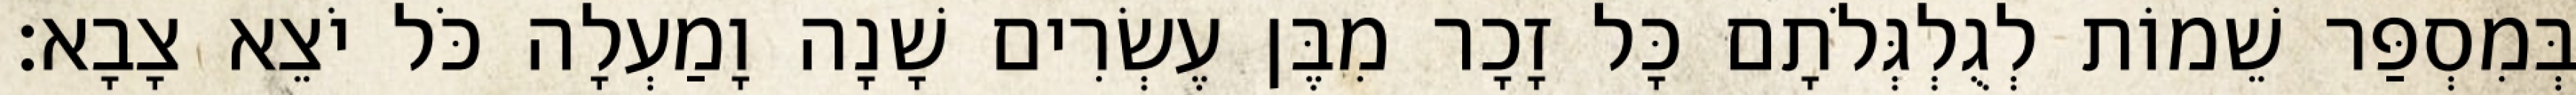
בְּמִסְפַּר שֵׁמוֹת לְגֻלְגְּלֹתָם כָּל זָכָר מִבֶּן עֶשְׂרִים שָׁנָה וָמַעְלָה כֹּל יֹצֵא צָבָא׃